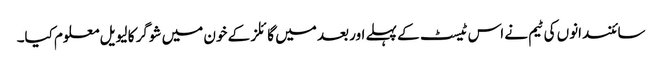
سائنسدانوں کی ٹیم نے اس ٹیسٹ کے پہلے اور بعد میں گائلز کے خون میں شوگر کا لیویل معلوم کیا۔